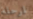
لمرحلة